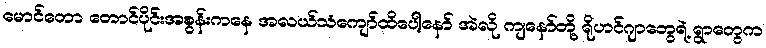
မောင်တော တောင်ပိုင်းအစွန်းကနေ အလယ်သံကျော်ထိပေါ့နော် အဲလို ကျနော်တို့ ရိုဟင်ဂျာတွေရဲ့ ရွာတွေက